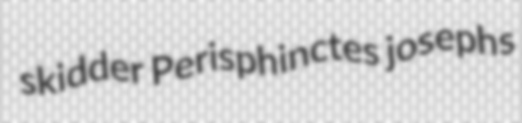
skidder Perisphinctes josephs